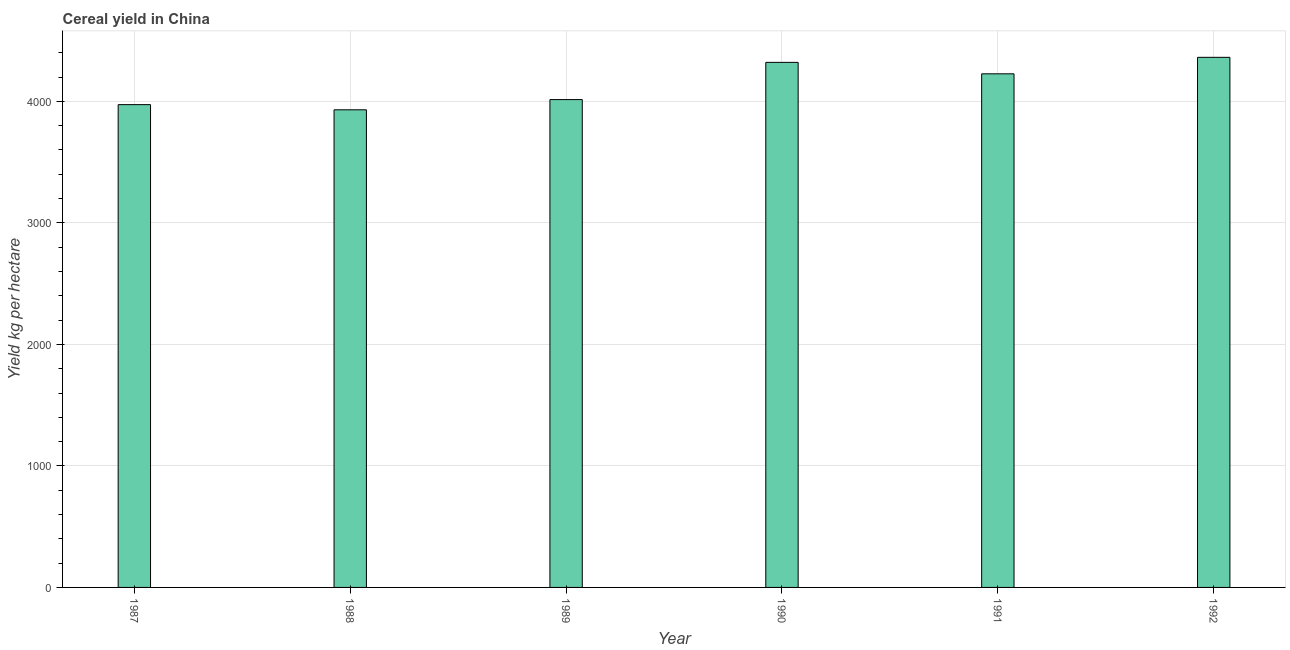
| Year | Cereal yield |
 | --- | --- |
 | 1987 | 3.97e+03 |
 | 1988 | 3.93e+03 |
 | 1989 | 4.01e+03 |
 | 1990 | 4.32e+03 |
 | 1991 | 4.23e+03 |
 | 1992 | 4.36e+03 |